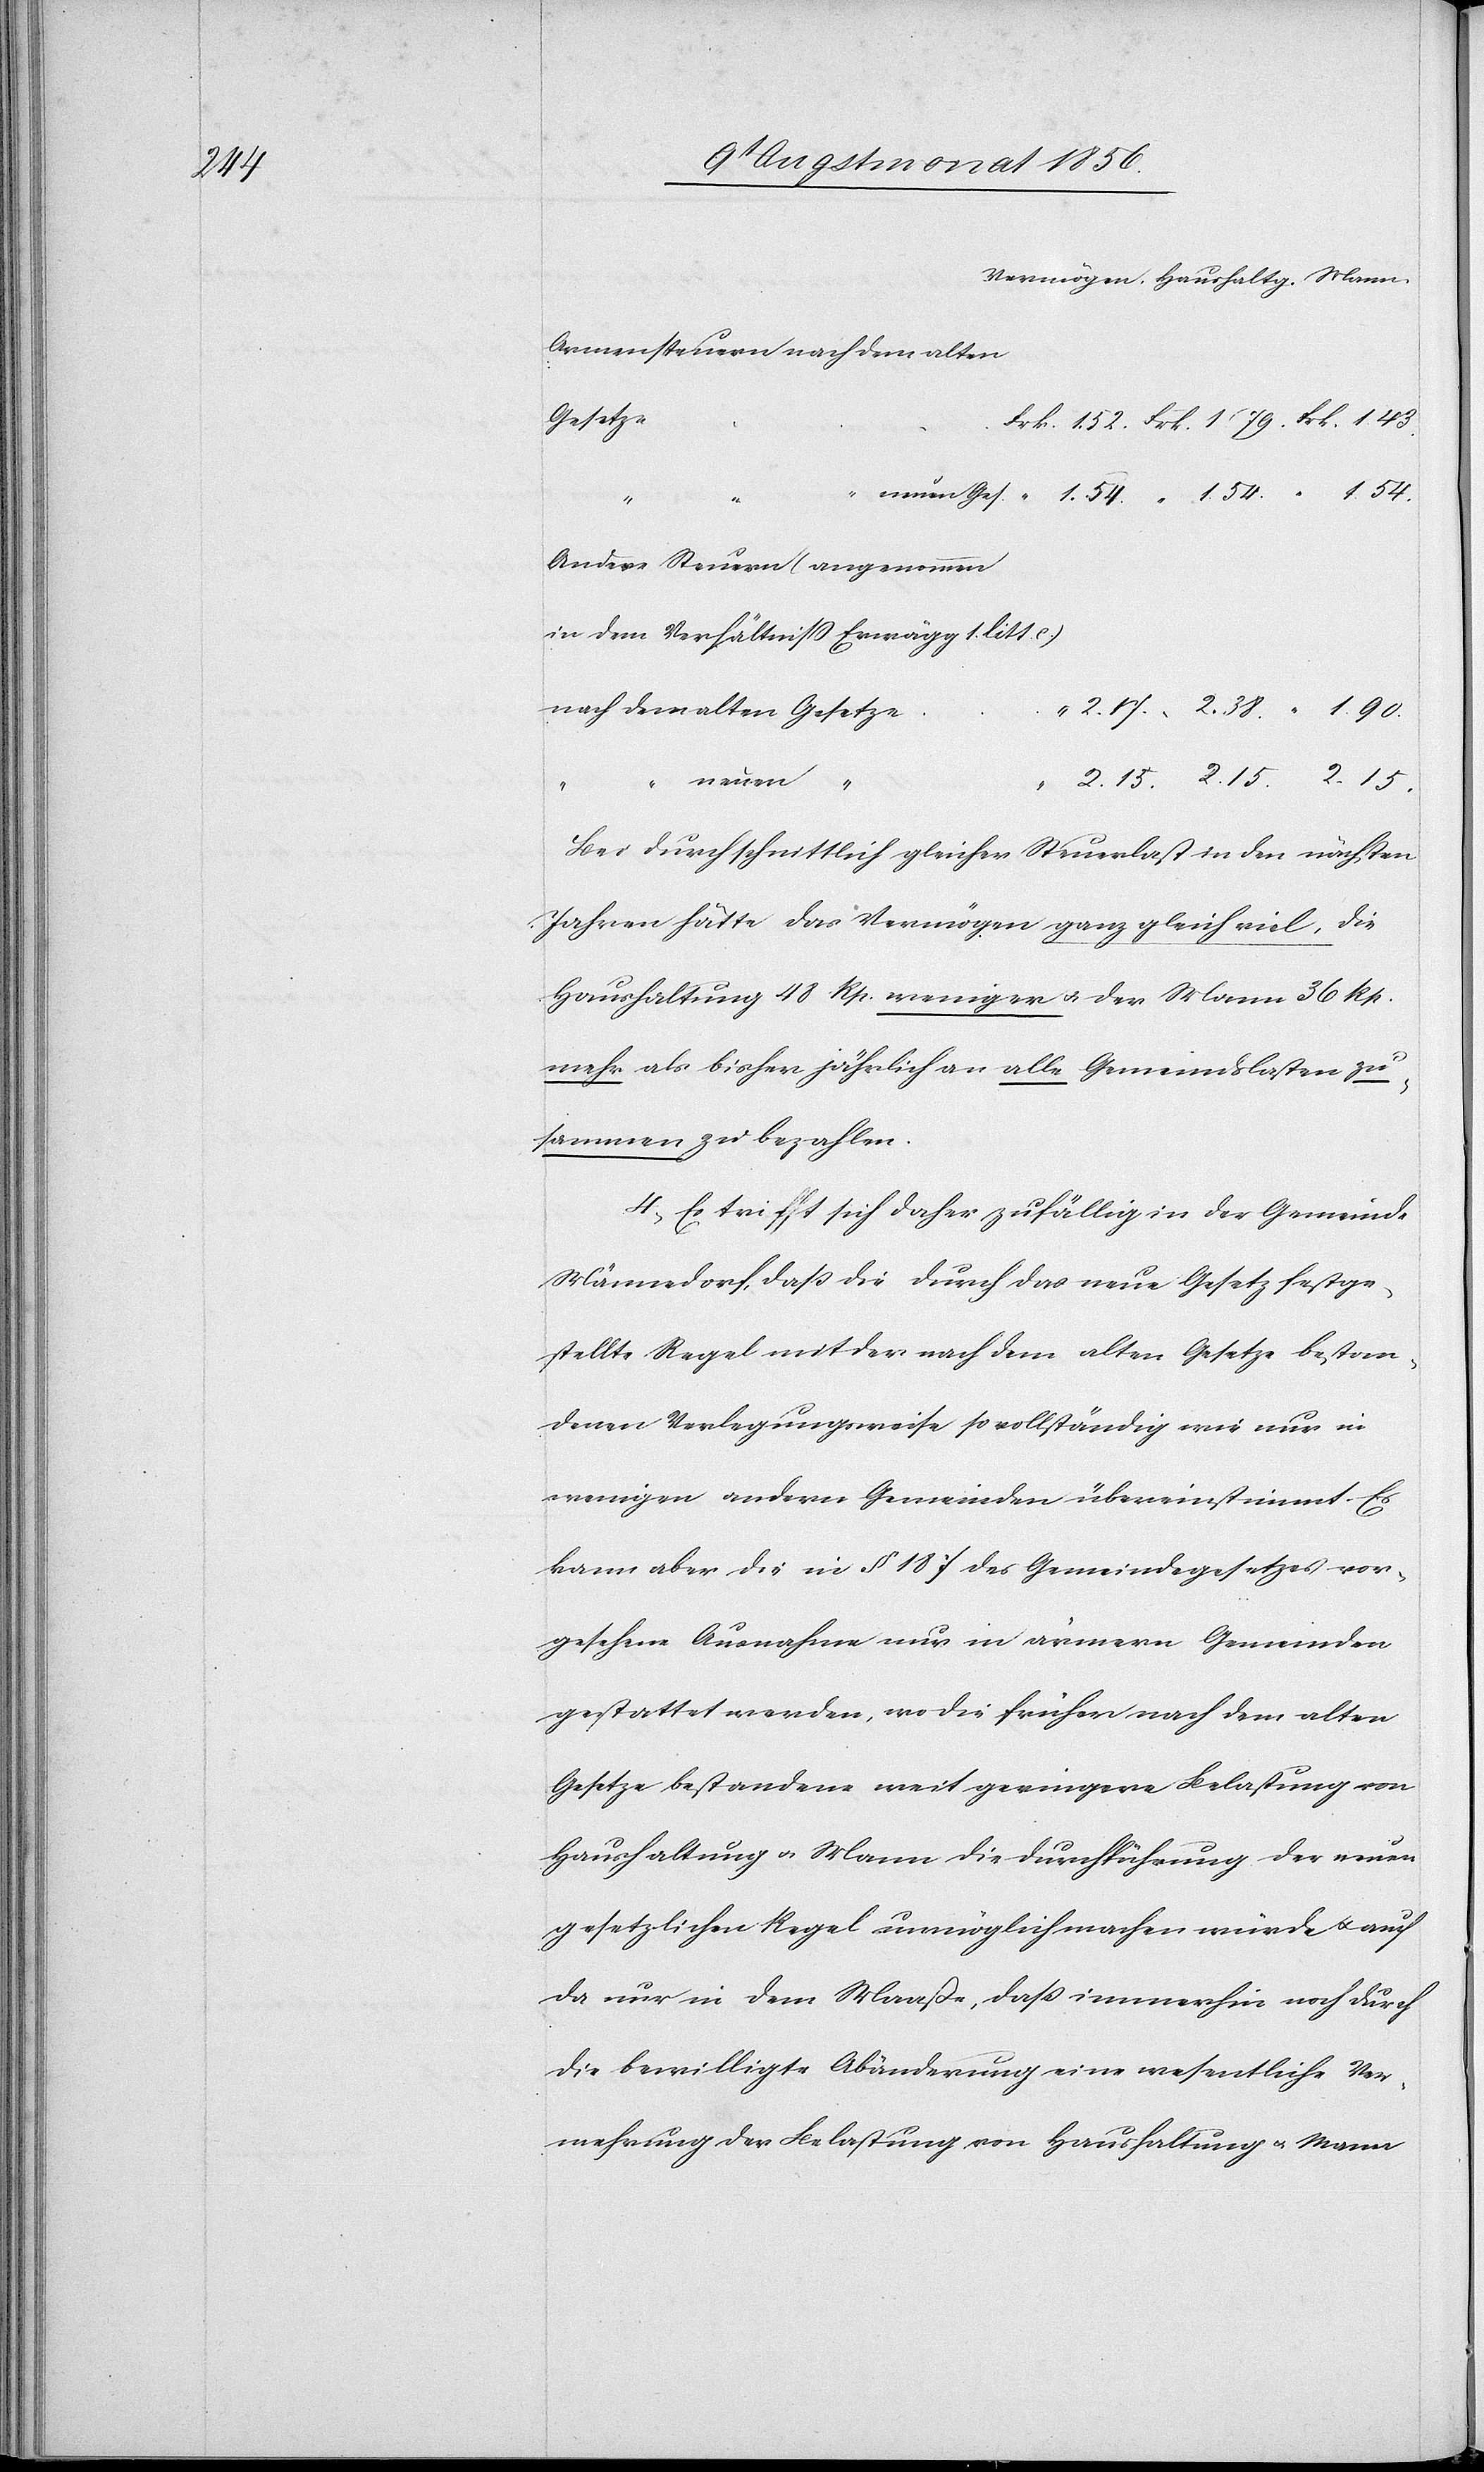
Gesetze
54.
Andere Steuern (angenommen
in dem Verhältniss Erwägg 1. litt. c.)
15.
15.
Bei durchschnittlich gleicher Steuerlast in den nächsten
Jahren hätte das Vermögen ganz gleich viel, die
Haushaltung 48 Rp. weniger u. der Mann 36 Rp.
mehr als bisher jährlich an alle Gemeindslasten zu¬
sammen zu bezahlen.
4.) Es trifft sich daher zufällig in der Gemeinde
Männedorf, dass die durch das neue Gesetz festge¬
stellte Regel mit der nach dem alten Gesetze bestan¬
denen Verlegungsweise so vollständig wie nur in
wenigen andern Gemeinden übereinstimmt. Es
kann aber die in § 187 des Gemeindegesetzes vor¬
gesehene Ausnahme nur in ärmern Gemeinden
gestattet werden, wo die früher nach dem alten
Gesetze bestandene weit geringere Belastung von
Haushaltung u. Mann die Durchführung der neuen
gesetzlichen Regel unmöglich machen würde u. auch
da nur in dem Maaße, dass immerhin noch durch
die bewilligte Abänderung eine wesentliche Ver¬
mehrung der Belastung von Haushaltung u. Mann